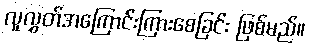
လူလွှတ်အကြောင်းကြားစေခြင်း ဖြစ်မည်။